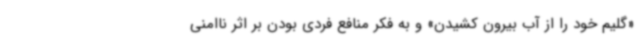
«گلیم خود را از آب بیرون کشیدن» و به فکر منافع فردی بودن بر اثر ناامنی